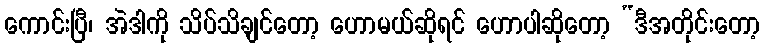
ကောင်းပြီ၊ အဲဒါကို သိပ်သိချင်တော့ ဟောမယ်ဆိုရင် ဟောပါဆိုတော့ “ဒီအတိုင်းတော့